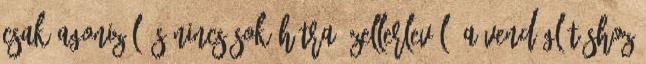
csak agonizál és nincs sok hátra. zellerlevél: A vendéglátáshoz